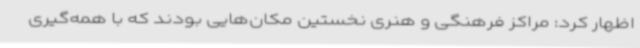
اظهار کرد: مراکز فرهنگی و هنری نخستین مکان‌هایی بودند که با همه‌گیری